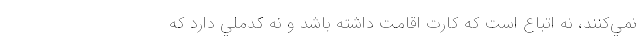
نمي‌كنند، نه اتباع است كه كارت اقامت داشته باشد و نه كدملي دارد كه